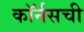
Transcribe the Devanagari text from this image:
कॉर्नसची